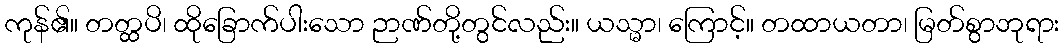
ကုန်၏။ တတ္ထပိ၊ ထိုခြောက်ပါးသော ဉာဏ်တို့တွင်လည်း။ ယသ္မာ၊ ကြောင့်။ တထာယတာ၊ မြတ်စွာဘုရား